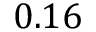
0 . 1 6